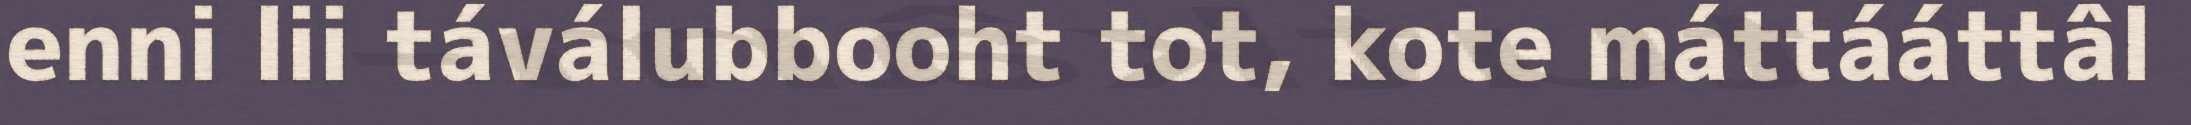
enni lii táválubbooht tot, kote máttááttâl